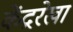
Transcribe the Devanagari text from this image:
केंद्ररेखा